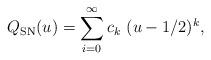
LaTeX: \begin{align*}Q_{\mathrm{SN}}(u)=\sum_{i=0}^{\infty}c_k\,\,(u-1/2)^{k},\end{align*}